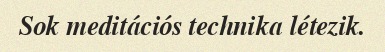
Sok meditációs technika létezik.